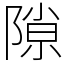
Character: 隙